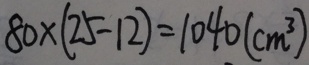
8 0 \times ( 2 5 - 1 2 ) = 1 0 4 0 ( c m ^ { 3 } )